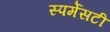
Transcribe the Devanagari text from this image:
स्पर्मेसटी